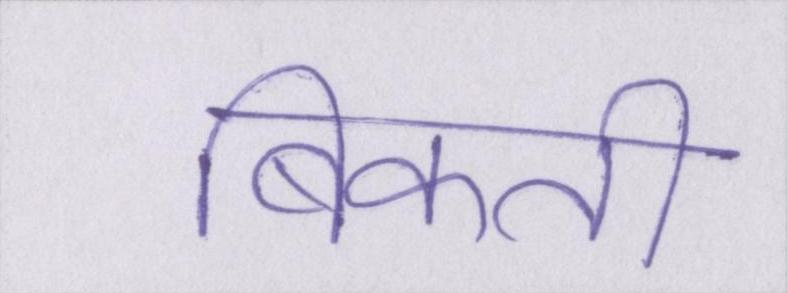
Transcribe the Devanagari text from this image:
बिकती